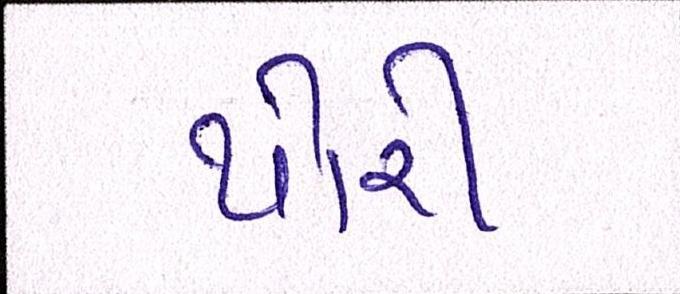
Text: થોરી